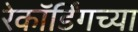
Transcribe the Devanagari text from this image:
रेकॉर्डिंगच्या